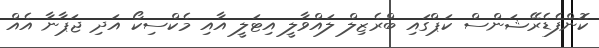
ކޮންފެޑެރޭޝަންސް ކަޕްގައި ބްރެޒިލް ލައްވާލީ އިޓަލީ އާއި މެކްސިކޯ އަދި ޖަޕާނާ އެއް